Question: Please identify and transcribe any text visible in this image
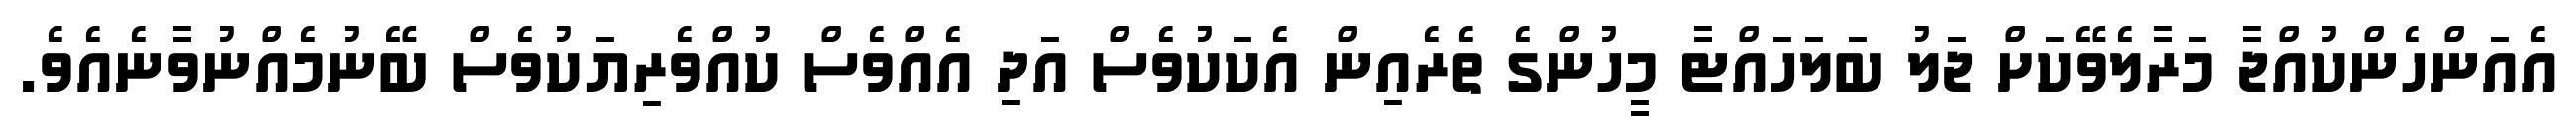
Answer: އެއަންހެންކުއްޖާ މަރާލެވޭކަށް ޖަލު ބަލަހައްޓާ މީހުންގެ ތެރެއިން އެކަކުވެސް އަދި އެއްވެސް ކުއްވެރިޔަކުވެސް ބޭނުމެއްނުވާނެއެވެ.